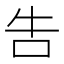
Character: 吿